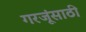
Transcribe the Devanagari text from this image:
गरजूंसाठी